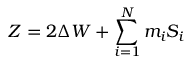
Z = 2 \Delta { \cal W } + \sum _ { i = 1 } ^ { N } m _ { i } S _ { i }